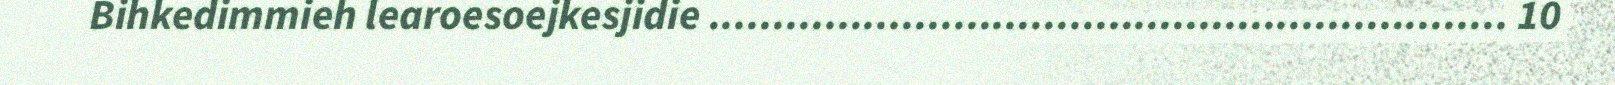
Bihkedimmieh learoesoejkesjidie .............................................................. 10